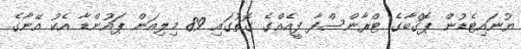
ޔުނައިޓެޑުން ޕޮގްބާގެ ޓްރާންސްފާ ފީއެއްގެ ގޮތުގައި 89 މިލިއަން ޕައުންޑާ އެކު އޭނާގެ